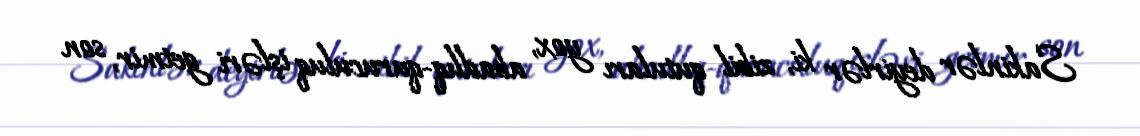
Sakinlər deyirlər ki, zibil qutuları yox, abadlıq-quruculuq işləri getmir, son